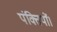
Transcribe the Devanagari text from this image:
पंक्तियों।